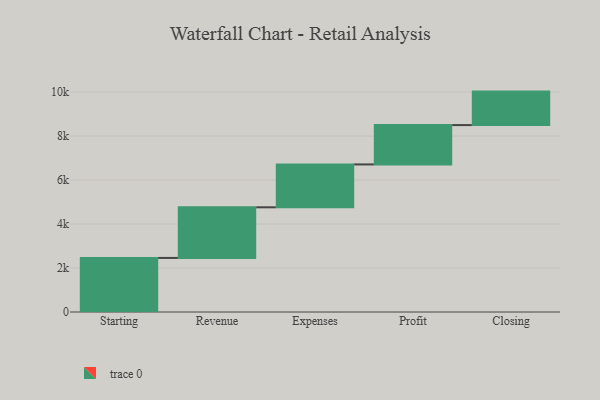
{"axis": {"x": "Step", "y": "Value"}, "legend": [""], "data": [{"x": "Starting", "y": 2459.0, "type": ""}, {"x": "Revenue", "y": 2303.0, "type": ""}, {"x": "Expenses", "y": 1950.0, "type": ""}, {"x": "Profit", "y": 1789.0, "type": ""}, {"x": "Closing", "y": 1523.0, "type": ""}]}